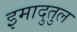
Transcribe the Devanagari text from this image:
इमादुतुल